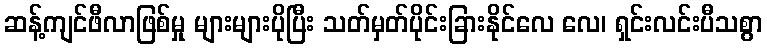
ဆန့်ကျင်ဖီလာဖြစ်မှု များများပိုပြီး သတ်မှတ်ပိုင်းခြားနိုင်လေ လေ၊ ရှင်းလင်းပီသစွာ